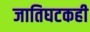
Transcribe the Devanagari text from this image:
जातिघटकही